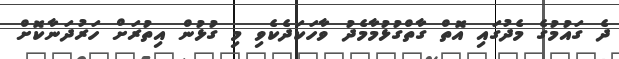
ދެ ގައުމުގެ މެދުގައި އޮތް ގާތްގުޅުމާމެދު ވާހަކަދެކެވި މި ގުޅުން އިތުރަށް ހަރުދަނާކޮށް